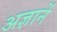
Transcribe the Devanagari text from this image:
अज्ञानें